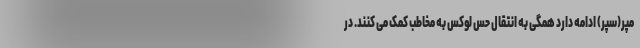
مپر(سپر) ادامه دارد همگی به انتقال حس لوکس به مخاطب کمک می کنند. در